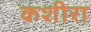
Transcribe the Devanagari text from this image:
कशीरा